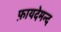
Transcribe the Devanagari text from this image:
फ़ायदेमन्द